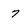
Character: 7